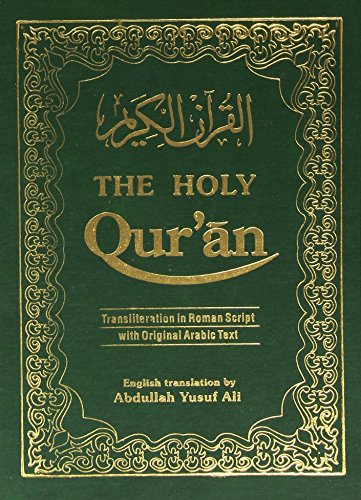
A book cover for The Holy Qur'an: Roman Transliteration, with orginal Arabic Text and English translation (English and Arabic Edition); Translator Abdullah Yusuf Ali; Religion & Spirituality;